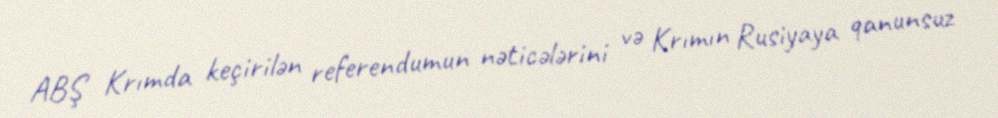
ABŞ Krımda keçirilən referendumun nəticələrini və Krımın Rusiyaya qanunsuz